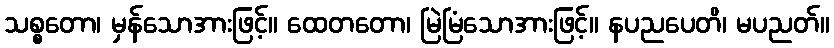
သစ္စတော၊ မှန်သောအားဖြင့်။ ထေတတော၊ မြဲမြံသောအားဖြင့်။ နပညပေတိ၊ မပညတ်။